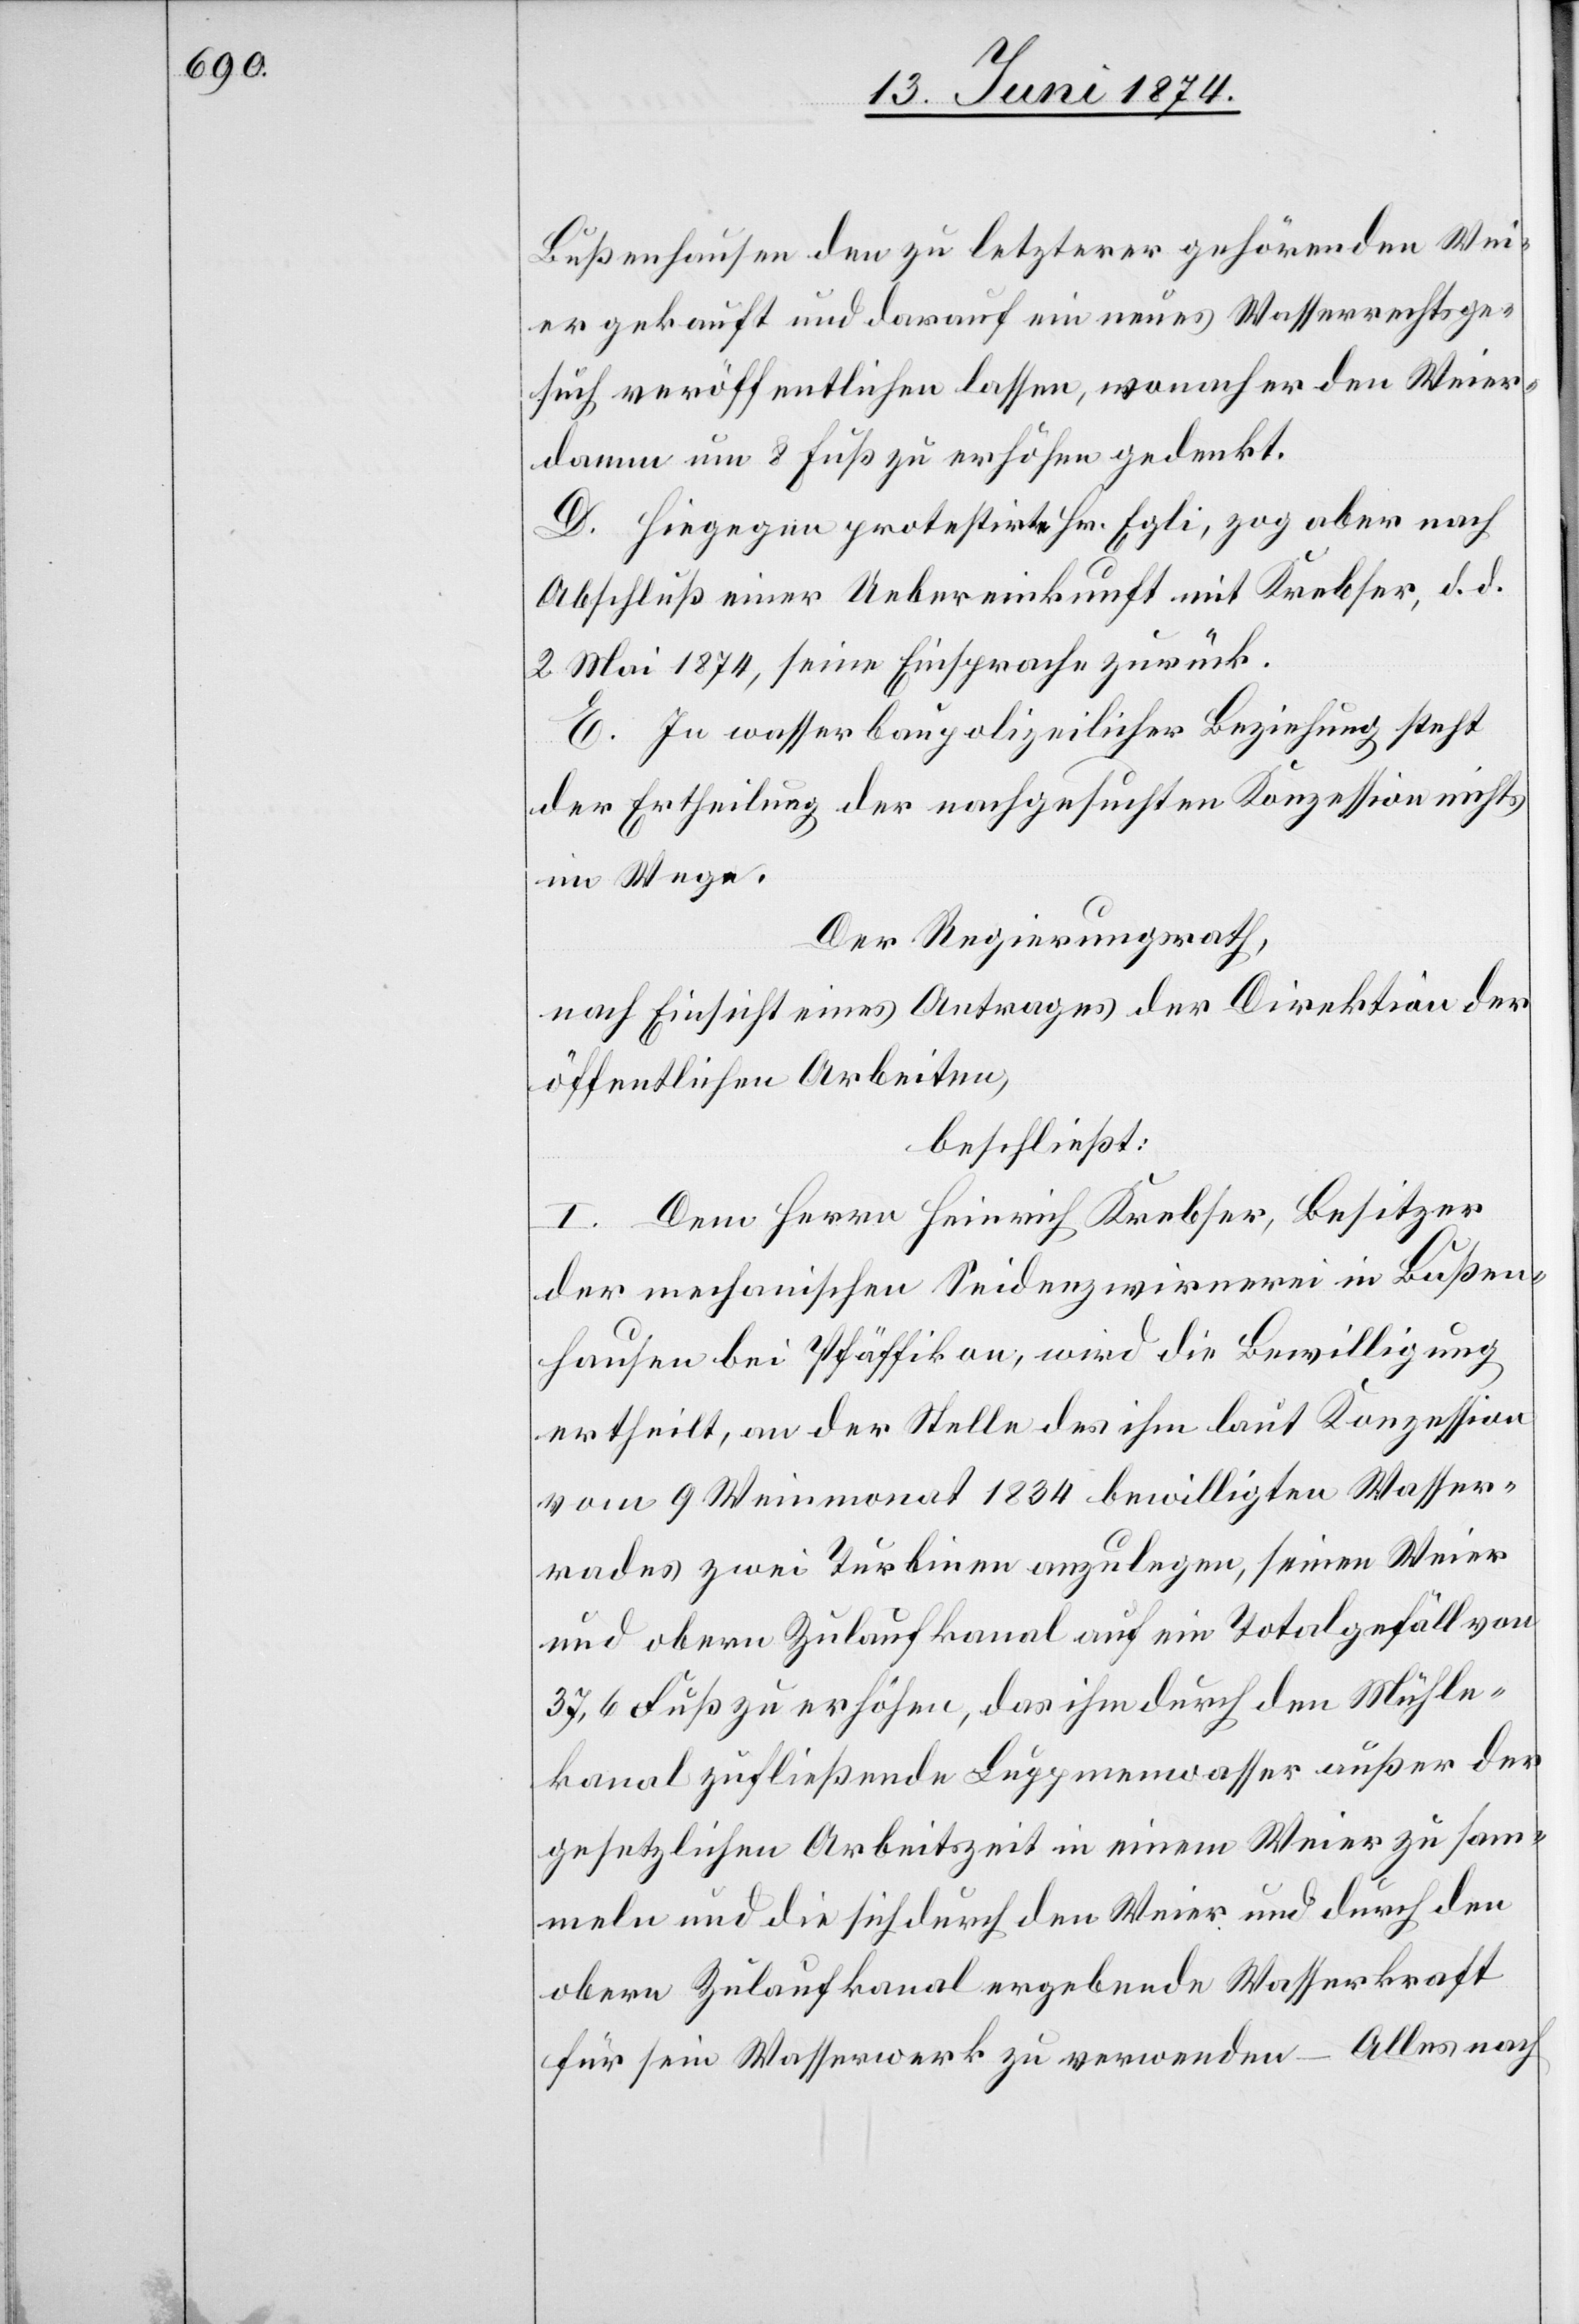
Bußenhausen den zu letzterer gehörenden Wei¬
er gekauft und darauf ein neues Wasserrechtsge¬
such veröffentlichen lassen, wonach er den Weier¬
damm um 8 Fuß zu erhöhen gedenkt.
D. Hiegegen protestirt Hr. Egli, zog aber nach
Abschluß einer Uebereinkunft mit Krebser, d. d.
2. Mai 1874, seine Einsprache zurück.
E. In wasserbaupolizeilicher Beziehung steht
der Ertheilung der nachgesuchten Konzession nichts
im Wege.
Der Regierungsrath,
nach Einsicht eines Antrages der Direktion der
öffentlichen Arbeiten,
beschließt:
I. Dem Herrn Heinrich Krebser, Besitzer
der mechanischen Seidenzwirnerei in Bußen¬
hausen bei Pfäffikon, wird die Bewilligung
ertheilt, an der Stelle des ihm laut Konzession
vom 9. Weinmonat 1834 bewilligten Wasser¬
rades zwei Turbinen anzulegen, seinen Weier
und obern Zulaufkanal auf ein Totalgefäll von
37,6 Fuß zu erhöhen, das ihm durch den Mühle¬
kanal zufließende Luppenwasser außer der
gesetzlichen Arbeitszeit in einem Weier zu sam¬
meln und die sich durch den Weier und durch den
obern Zulaufkanal ergebende Wasserkraft
für sein Wasserwerk zu verwenden – Alles nach